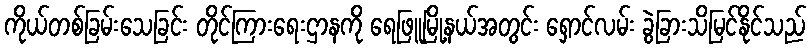
ကိုယ်တစ်ခြမ်းသေခြင်း တိုင်ကြားရေးဌာနကို ရေဖြူမြို့နယ်အတွင်း ရှောင်လမ်း ခွဲခြားသိမြင်နိုင်သည်